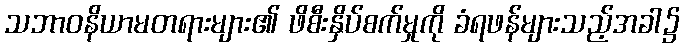
သဘာဝနိယာမတရားများ၏ ဖိစီးနှိပ်စက်မှုကို ခံရဖန်များသည့်အခါ၌